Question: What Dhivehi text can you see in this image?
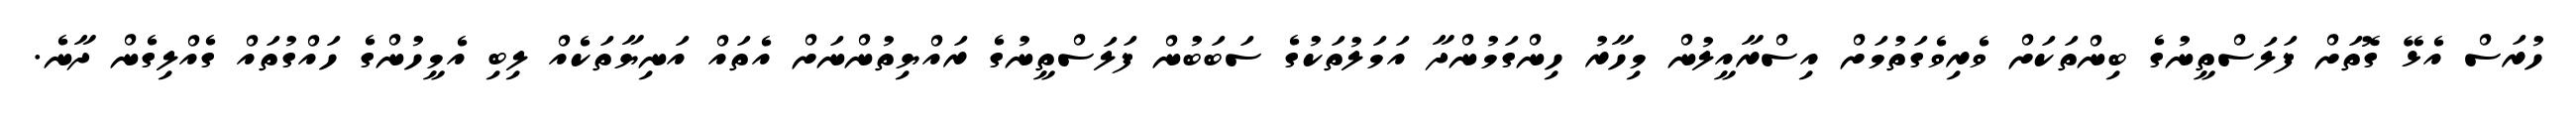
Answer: ހުރަސް އެޅޭ ގޮތަށް ފަލަސްތީނުގެ ބިންތަކަށް ވެރިވެގަތުމަށް އިސްރާއީލުން މިހާރު ހިންގަމުންދާ އަމަލުތަކުގެ ސަބަބުން ފަލަސްތީނުގެ ރައްޔިތުންނަށް އެތައް އަނިޔާތަކެއް ލިބި އެމީހުންގެ ހައްގުތައް ގެއްލިގެން ދާނެ.